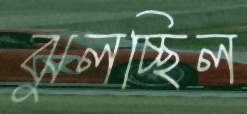
ঝুলচ্ছিল